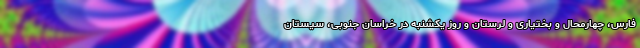
فارس، چهارمحال و بختیاری و لرستان و روز یکشنبه در خراسان جنوبی، سیستان